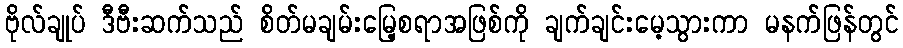
ဗိုလ်ချုပ် ဒီဗီးဆက်သည် စိတ်မချမ်းမြေ့စရာအဖြစ်ကို ချက်ချင်းမေ့သွားကာ မနက်ဖြန်တွင်